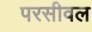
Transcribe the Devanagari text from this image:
परसीवल